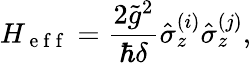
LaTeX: H_{\mathrm{~e~f~f~}}=\frac{2\tilde{g}^{2}}{\hbar\delta}\hat{\sigma}_{z}^{(i)}\hat{\sigma}_{z}^{(j)},